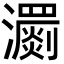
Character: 瀱